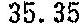
35.35